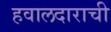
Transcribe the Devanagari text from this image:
हवालदाराची